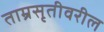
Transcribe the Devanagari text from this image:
ताम्रसृतीवरील